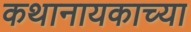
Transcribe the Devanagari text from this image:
कथानायकाच्या